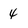
Character: 4